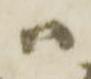
ハ